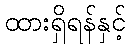
ထားရှိရန်နှင့်